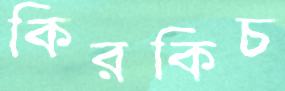
কিরকিচ